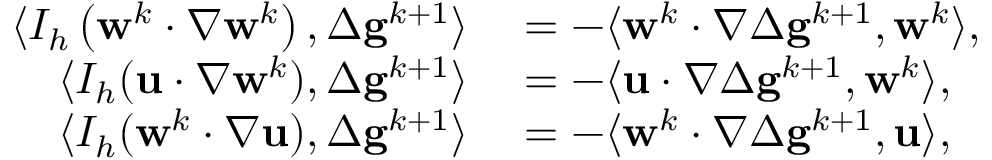
\begin{array} { r l } { \langle I _ { h } \left( \mathbf { w } ^ { k } \cdotp \nabla \mathbf { w } ^ { k } \right) , \Delta \mathbf { g } ^ { k + 1 } \rangle } & { { } = - \langle \mathbf { w } ^ { k } \cdotp \nabla \Delta \mathbf { g } ^ { k + 1 } , \mathbf { w } ^ { k } \rangle , } \\ { \langle I _ { h } ( \mathbf { u } \cdotp \nabla \mathbf { w } ^ { k } ) , \Delta \mathbf { g } ^ { k + 1 } \rangle } & { { } = - \langle \mathbf { u } \cdotp \nabla \Delta \mathbf { g } ^ { k + 1 } , \mathbf { w } ^ { k } \rangle , } \\ { \langle I _ { h } ( \mathbf { w } ^ { k } \cdotp \nabla \mathbf { u } ) , \Delta \mathbf { g } ^ { k + 1 } \rangle } & { { } = - \langle \mathbf { w } ^ { k } \cdotp \nabla \Delta \mathbf { g } ^ { k + 1 } , \mathbf { u } \rangle , } \end{array}